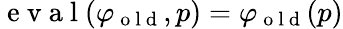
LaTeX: \mathrm{~e~v~a~l~}(\varphi_{\mathrm{~o~l~d~}},p)=\varphi_{\mathrm{~o~l~d~}}(p)